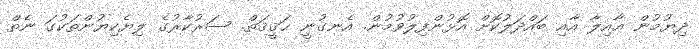
ދިޔުމުން ޢާއިލާ އާއި ބައްދަލުކޮށް އޮޅުންފިލުވުމުން. އެނގުނީ ޙަޤީޤަތް. ސަރުކާރުގެ ލިޔެކިޔުންތަކުގަ ނެތް